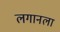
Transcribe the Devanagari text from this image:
लगानला